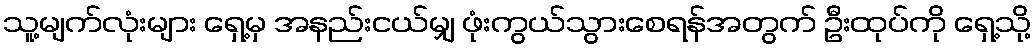
သူ့မျက်လုံးများ ရှေ့မှ အနည်းငယ်မျှ ဖုံးကွယ်သွားစေရန်အတွက် ဦးထုပ်ကို ရှေ့သို့